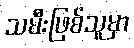
သမီးဖြစ်သူမှာ